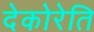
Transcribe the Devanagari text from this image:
देकोरेति